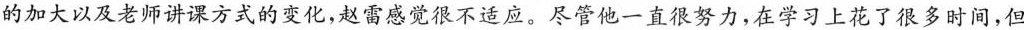
的加大以及老师讲课方式的变化，赵雷感觉很不适应。尽管他一直很努力，在学习上花了很多时间，但